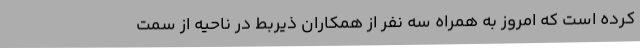
کرده است که امروز به همراه سه نفر از همکاران ذیربط در ناحیه از سمت